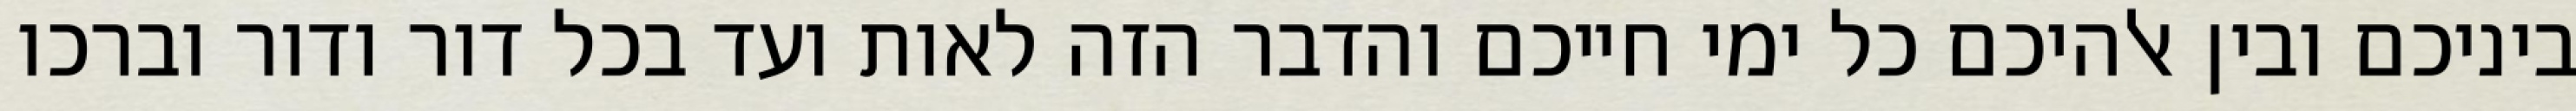
ביניכם ובין אלהיכם כל ימי חייכם והדבר הזה לאות ועד בכל דור ודור וברכו